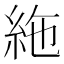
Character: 絁